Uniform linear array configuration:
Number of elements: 64
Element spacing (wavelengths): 0.75
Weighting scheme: hann
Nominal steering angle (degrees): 45
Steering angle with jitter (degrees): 43.086
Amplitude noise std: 0.05
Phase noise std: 0.05

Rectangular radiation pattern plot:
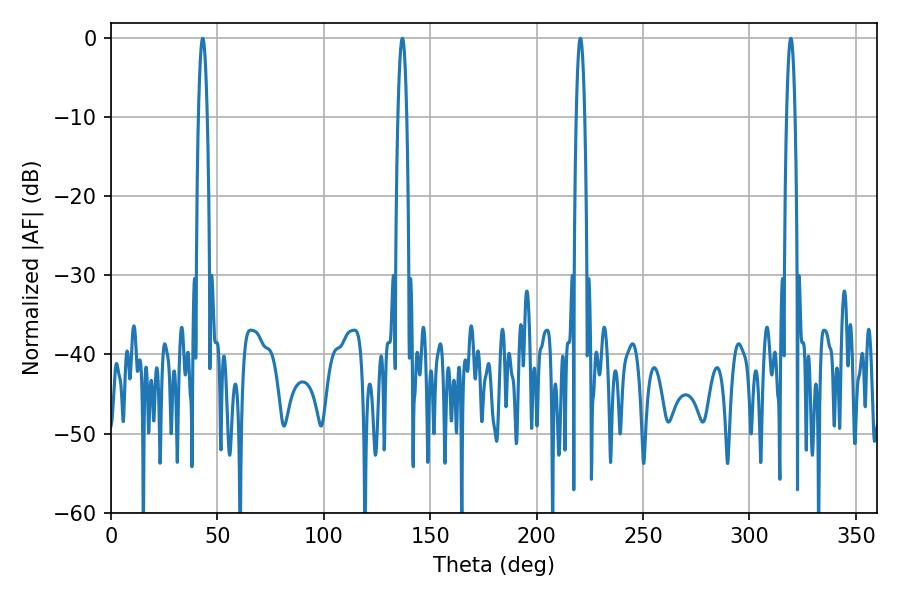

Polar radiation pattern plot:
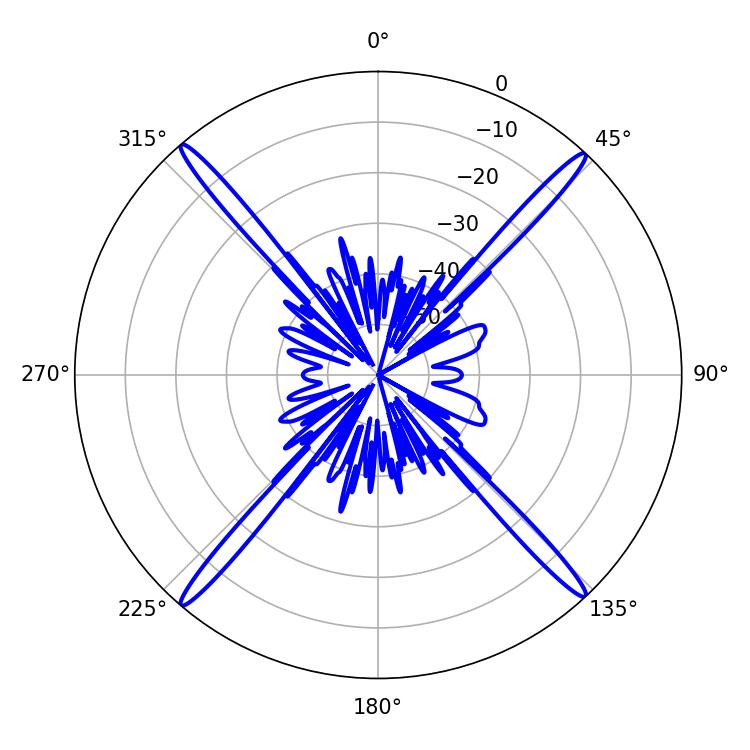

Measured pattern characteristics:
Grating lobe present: TRUE
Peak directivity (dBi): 25.903
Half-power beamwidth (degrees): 2.16
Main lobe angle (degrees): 220.5